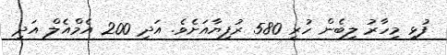
ފުޅި މިހާރު ލިބެން ހުރީ 580 ރުފިޔާއަށެވެ. އަދި 200 އެމްއެލް އަދި